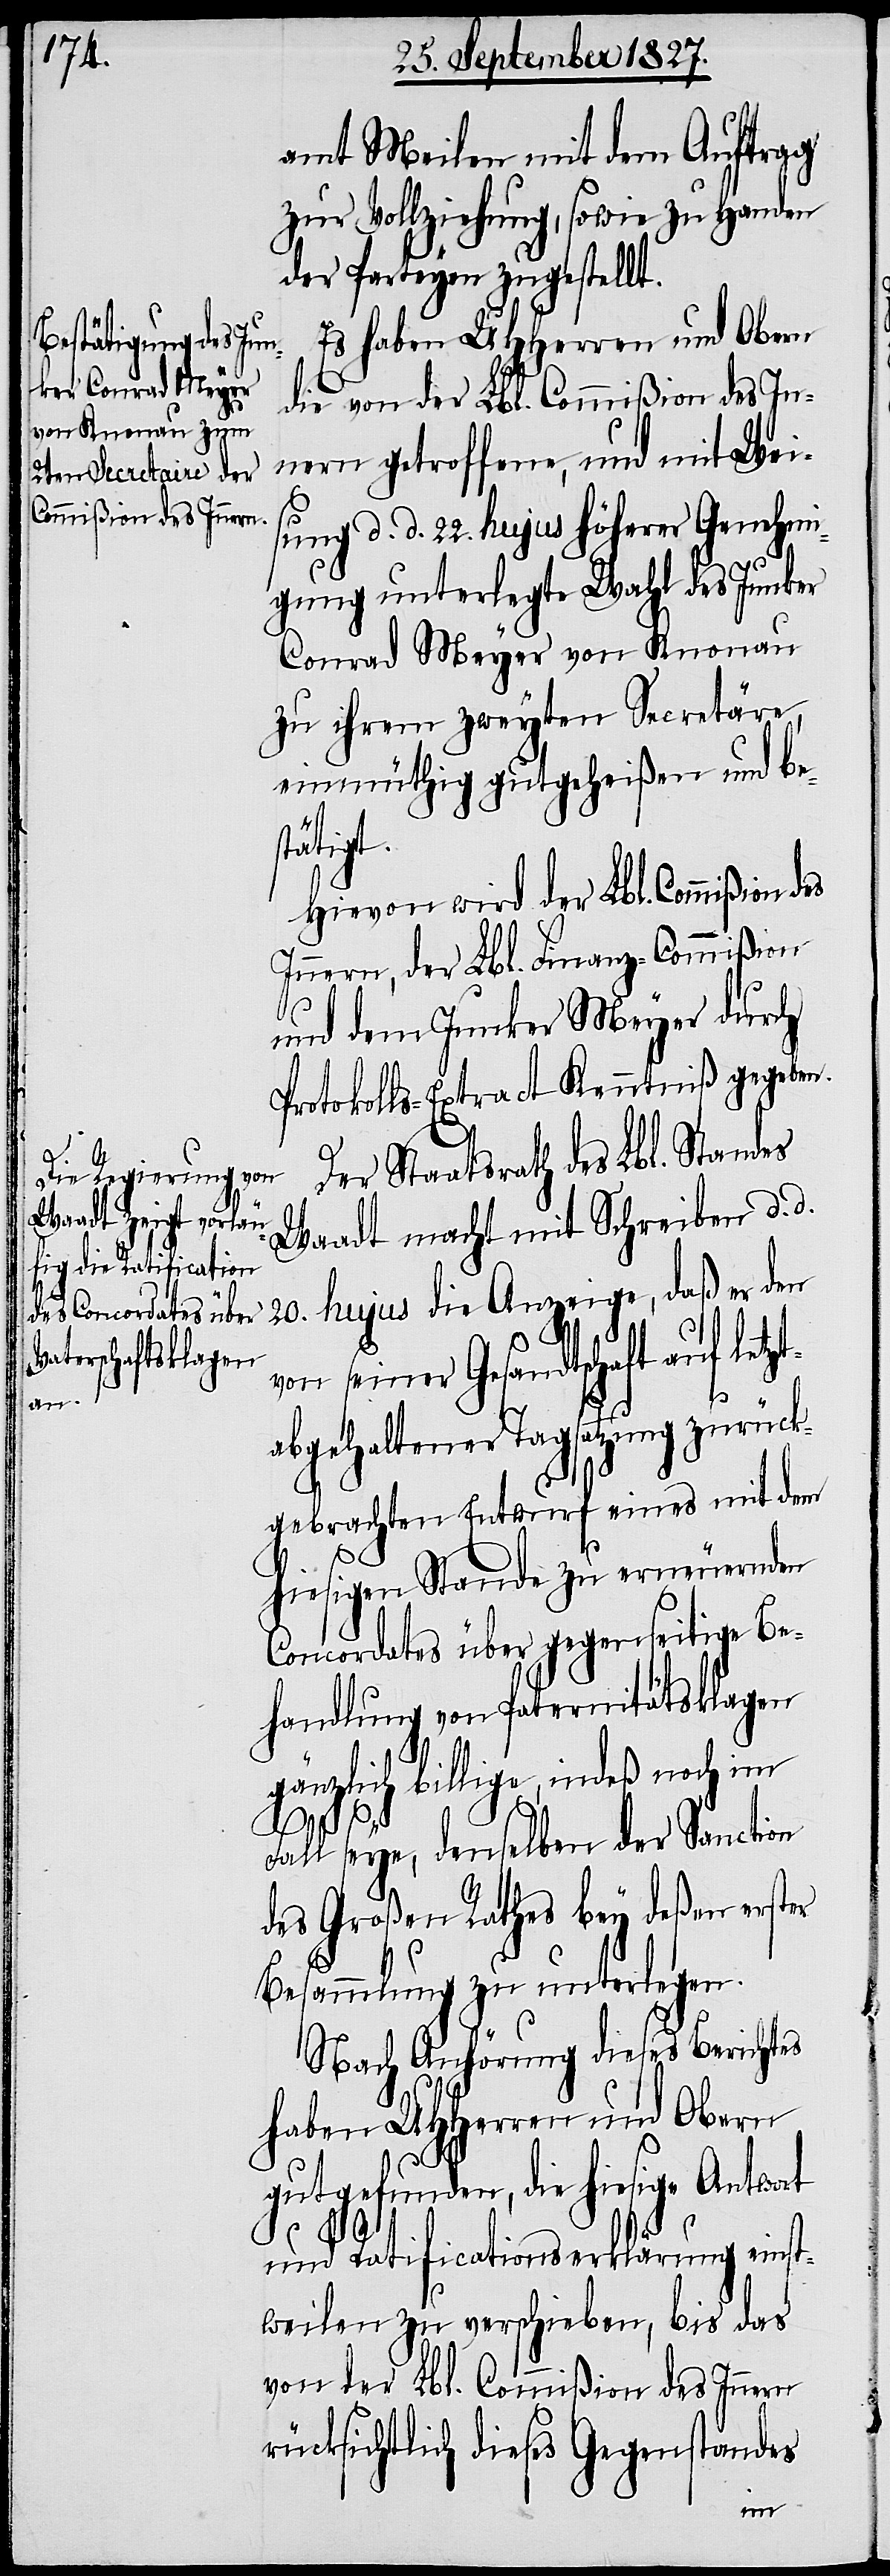
amt Meilen mit dem Auftrag
zur Vollziehung, sowie zu Handen
der Parteyen zugestellt.
Es haben UHHerren und Obern
die von der Lbl. Commißion des In¬
nern getroffene, und mit Wei¬
sung d. d. 22. hujus höherer Genehmi¬
gung unterlegte Wahl des Junker
Conrad Meyer von Knonau
zu ihrem zweyten Secretäre,
einmüthig gutgeheißen und be¬
letzt¬
Hiervon wird der Lbl. Commißion des
Innern, der Lbl. Finanz-Commißion
und dem Junker Meyer durch
Protokolls-Extract Kenntniß gegeben.
Der Staatsrath des Lbl. Standes
Waadt macht mit Schreiben d. d.
20. hujus die Anzeige, daß er den
seiner Gesandtschaft
abgehaltener Tagsatzung zurück¬
gebrachten Entwurf eines mit dem
hiesigen Stande zu erneuernden
Concordates über gegenseitige Be¬
handlung von Paternitätsklagen
gänzlich billige, indeß noch im
Fall seye, denselben der Sanction
des Großen Rathes bey deßen erster
Besammlung zu unterlegen.
Nach Anhörung diese Berichtes
haben UHHerren und Obern
gutgefunden, die hiesige Antwort
und Ratificationserklärung einst¬
weilen zu verschieben, bis das
von der Lbl. Commißion des Innern
rücksichtlich dieses Gegenstandes